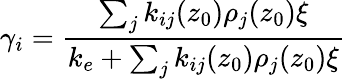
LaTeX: \gamma_{i}=\frac{\sum_{j}k_{ij}(z_{0})\rho_{j}(z_{0})\xi}{k_{e}+\sum_{j}k_{ij}(z_{0})\rho_{j}(z_{0})\xi}